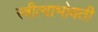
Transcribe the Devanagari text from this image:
स्त्रीत्वाभोवती